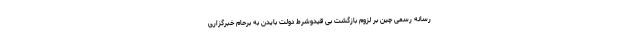
رسانه رسمی چین بر لزوم بازگشت بی قیدوشرط دولت بایدن به برحام خبرگزاری